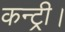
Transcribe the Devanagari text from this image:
कन्ट्री।